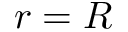
r = R